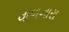
વાળનારા